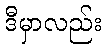
ဒီမှာလည်း